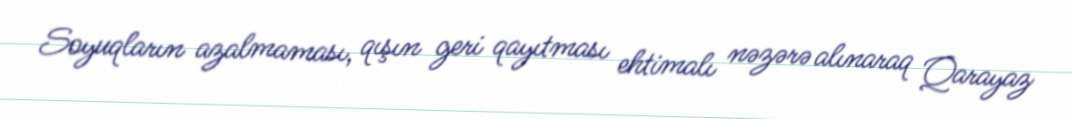
Soyuqların azalmaması, qışın geri qayıtması ehtimalı nəzərə alınaraq Qarayaz